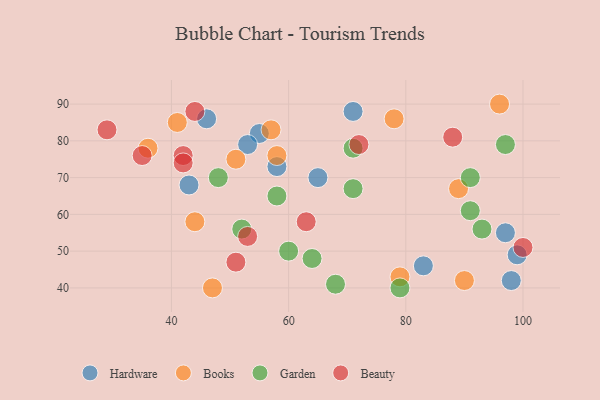
{"axis": {"x": "GDP", "y": "Life Expectancy"}, "legend": ["Beauty", "Books", "Garden", "Hardware"], "data": [{"x": "58", "y": 73, "type": "Hardware"}, {"x": "98", "y": 42, "type": "Hardware"}, {"x": "65", "y": 70, "type": "Hardware"}, {"x": "71", "y": 88, "type": "Hardware"}, {"x": "43", "y": 68, "type": "Hardware"}, {"x": "99", "y": 49, "type": "Hardware"}, {"x": "83", "y": 46, "type": "Hardware"}, {"x": "55", "y": 82, "type": "Hardware"}, {"x": "53", "y": 79, "type": "Hardware"}, {"x": "46", "y": 86, "type": "Hardware"}, {"x": "97", "y": 55, "type": "Hardware"}, {"x": "96", "y": 90, "type": "Books"}, {"x": "41", "y": 85, "type": "Books"}, {"x": "90", "y": 42, "type": "Books"}, {"x": "58", "y": 76, "type": "Books"}, {"x": "89", "y": 67, "type": "Books"}, {"x": "44", "y": 58, "type": "Books"}, {"x": "47", "y": 40, "type": "Books"}, {"x": "36", "y": 78, "type": "Books"}, {"x": "51", "y": 75, "type": "Books"}, {"x": "79", "y": 43, "type": "Books"}, {"x": "57", "y": 83, "type": "Books"}, {"x": "78", "y": 86, "type": "Books"}, {"x": "52", "y": 56, "type": "Garden"}, {"x": "91", "y": 70, "type": "Garden"}, {"x": "97", "y": 79, "type": "Garden"}, {"x": "60", "y": 50, "type": "Garden"}, {"x": "71", "y": 67, "type": "Garden"}, {"x": "71", "y": 78, "type": "Garden"}, {"x": "91", "y": 61, "type": "Garden"}, {"x": "68", "y": 41, "type": "Garden"}, {"x": "64", "y": 48, "type": "Garden"}, {"x": "93", "y": 56, "type": "Garden"}, {"x": "79", "y": 40, "type": "Garden"}, {"x": "48", "y": 70, "type": "Garden"}, {"x": "58", "y": 65, "type": "Garden"}, {"x": "72", "y": 79, "type": "Beauty"}, {"x": "42", "y": 76, "type": "Beauty"}, {"x": "88", "y": 81, "type": "Beauty"}, {"x": "63", "y": 58, "type": "Beauty"}, {"x": "100", "y": 51, "type": "Beauty"}, {"x": "29", "y": 83, "type": "Beauty"}, {"x": "35", "y": 76, "type": "Beauty"}, {"x": "53", "y": 54, "type": "Beauty"}, {"x": "51", "y": 47, "type": "Beauty"}, {"x": "44", "y": 88, "type": "Beauty"}, {"x": "42", "y": 74, "type": "Beauty"}]}